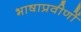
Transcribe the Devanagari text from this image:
भाषाप्रवीणों